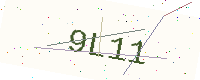
Text: 9L11